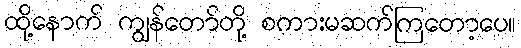
ထို့နောက် ကျွန်တော်တို့ စကားမဆက်ကြတော့ပေ။